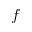
f